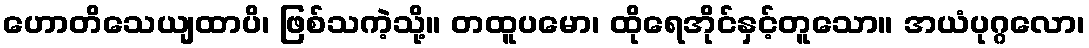
ဟောတိသေယျထာပိ၊ ဖြစ်သကဲ့သို့။ တထူပမော၊ ထိုရေအိုင်နှင့်တူသော။ အယံပုဂ္ဂလော၊